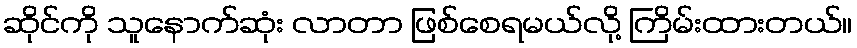
ဆိုင်ကို သူနောက်ဆုံး လာတာ ဖြစ်စေရမယ်လို့ ကြိမ်းထားတယ်။